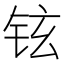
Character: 铉